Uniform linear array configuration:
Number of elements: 8
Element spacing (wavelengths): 0.5
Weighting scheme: kaiser
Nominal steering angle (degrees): -60
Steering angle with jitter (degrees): -58.813
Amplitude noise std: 0.05
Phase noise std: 0.05

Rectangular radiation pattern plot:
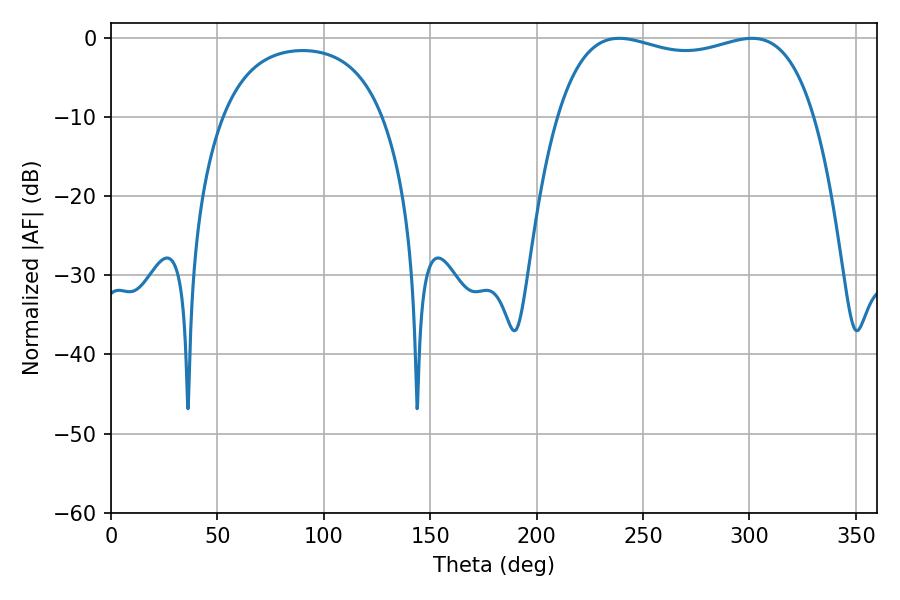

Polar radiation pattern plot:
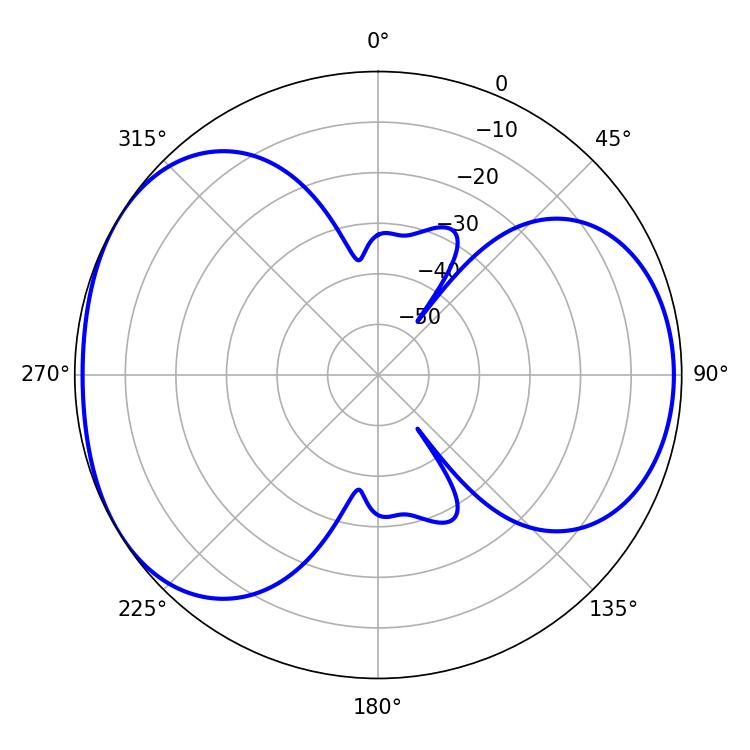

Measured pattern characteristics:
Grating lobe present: FALSE
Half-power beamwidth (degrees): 98.28
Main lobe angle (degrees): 238.86